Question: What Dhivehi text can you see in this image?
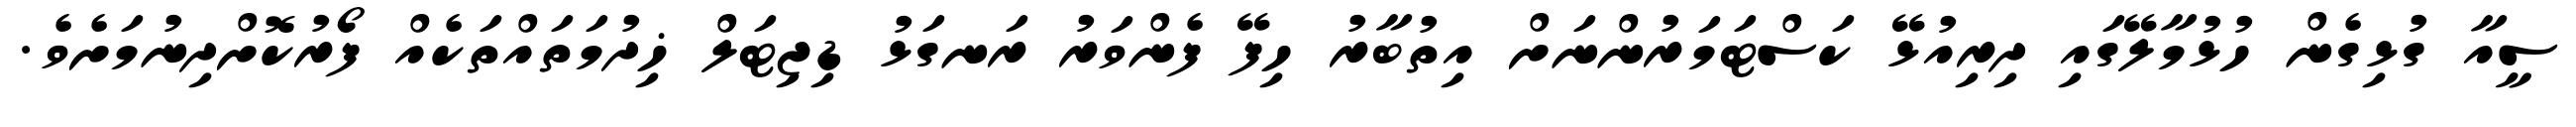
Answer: ސީއާ ގުޅިގެން ހުޅުމާލޭގައި ދިރިއުޅޭ ކަސްޓަމަރުންނަށް އިތުބާރު ހިފޭ ފެންވަރު ރަނގަޅު ޑިޖިޓަލް ޚިދުމަތައްތަކެއް ފޯރުކޮށްދިނުމަށެވެ.